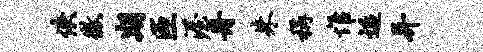
佚征期匝渥舟朱称惟逅异